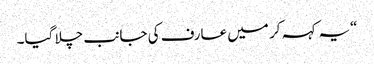
“یہ کہہ کر میں عارف کی جانب چلا گیا۔